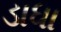
ડાધા